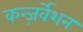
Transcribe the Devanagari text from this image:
कन्ज़र्वेशन